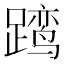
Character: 𲄄